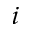
^ { i }